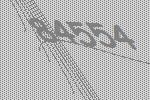
84554